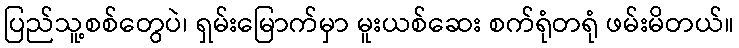
ပြည်သူ့စစ်တွေပဲ၊ ရှမ်းမြောက်မှာ မူးယစ်ဆေး စက်ရုံတရုံ ဖမ်းမိတယ်။